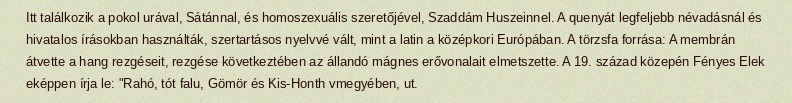
Itt találkozik a pokol urával, Sátánnal, és homoszexuális szeretőjével, Szaddám Huszeinnel. A quenyát legfeljebb névadásnál és hivatalos írásokban használták, szertartásos nyelvvé vált, mint a latin a középkori Európában. A törzsfa forrása: A membrán átvette a hang rezgéseit, rezgése következtében az állandó mágnes erővonalait elmetszette. A 19. század közepén Fényes Elek eképpen írja le: "Rahó, tót falu, Gömör és Kis-Honth vmegyében, ut.